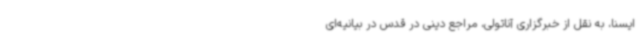
ایسنا، به نقل از خبرگزاری آناتولی، مراجع دینی در قدس در بیانیه‌ای